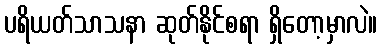
ပရိယတ်သာသနာ ဆုတ်နိုင်စရာ ရှိတော့မှာလဲ။